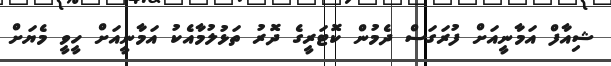
ޝިއާފް އަމާނީއަށް ފުރަގަސް ދެމުން ކޮޓަރީގެ ދޮރު ތަޅުލުމާއެކު އަމާނީއަށް ހީވީ މެޔަށް